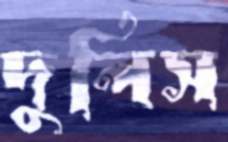
দুলিস